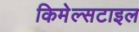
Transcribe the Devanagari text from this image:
किमेल्सटाइल